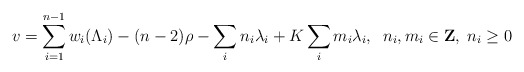
\begin{align*}v=\sum_{i=1}^{n-1}w_{i}(\Lambda_{i})-(n-2)\rho-\sum_{i}n_{i}\lambda_{i}+K\sum_{i}m_{i}\lambda_{i},\;\;n_{i},m_{i}\in{\bf Z},\;n_{i}\geq0\end{align*}